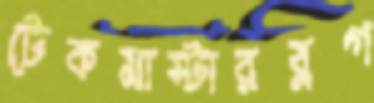
টেকমাস্টারব্লগ